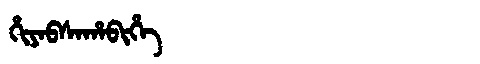
Manchu: ᡥᡳᠶᠠᠪᠰᠠᡥᠠᠪᡳᡥᡝ
Romanization: HIYABSAHABIHE